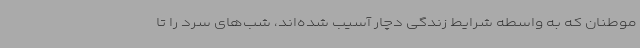
موطنان که به واسطه شرایط زندگی دچار آسیب شده‌اند، شب‌های سرد را تا